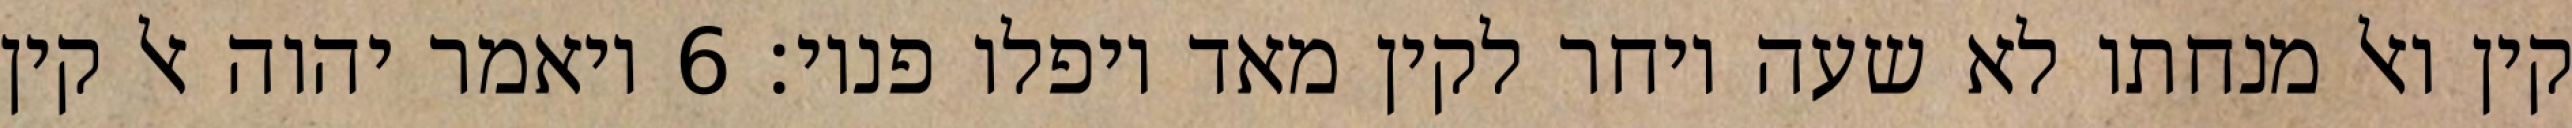
קין ואל מנחתו לא שעה ויחר לקין מאד ויפלו פניו׃ ‎6‏ ויאמר יהוה אל קין